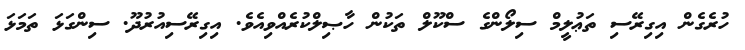
ހުރެގެން އިގިރޭސި ތަޢުލީމް ސިލޯންގެ ސްކޫލް ތަކުން ހާޞިލްކުރެއްވިއެވެ. އިގިރޭސިއުރުދޫ. ސިންގަޅަ ތަމަޅަ